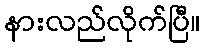
နားလည်လိုက်ပြီ။